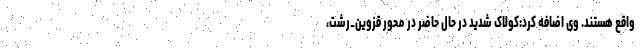
واقع هستند. وی اضافه کرد:کولاک شدید در حال حاضر در محور قزوین_رشت،